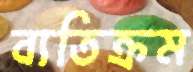
ব্যতিক্রম